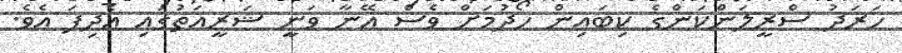
ހަރަދު ސްރީލަންކަންގެ ކިބައިން ހޯދުމަށް ވެސް އޭނާ ވަނީ ޝަރީއަތުގައި އެދިފަ އެވެ.